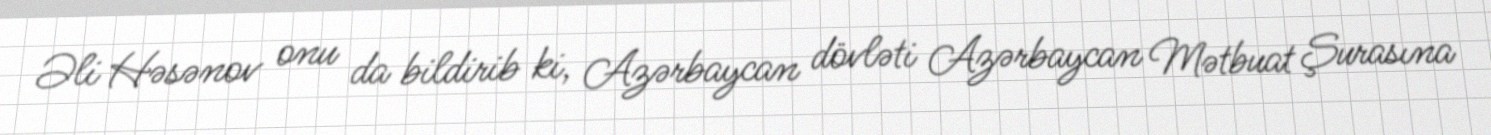
Əli Həsənov onu da bildirib ki, Azərbaycan dövləti Azərbaycan Mətbuat Şurasına